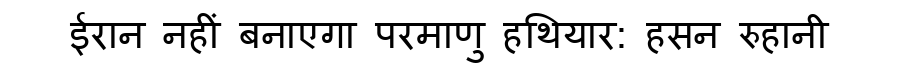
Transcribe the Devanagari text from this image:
ईरान नहीं बनाएगा परमाणु हथियार: हसन रुहानी